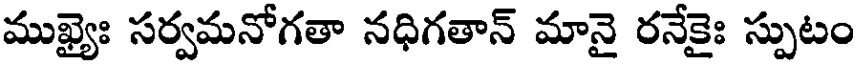
ముఖ్యైః సర్వమనోగతా నధిగతాన్ మానై రనేకైః స్పుటం